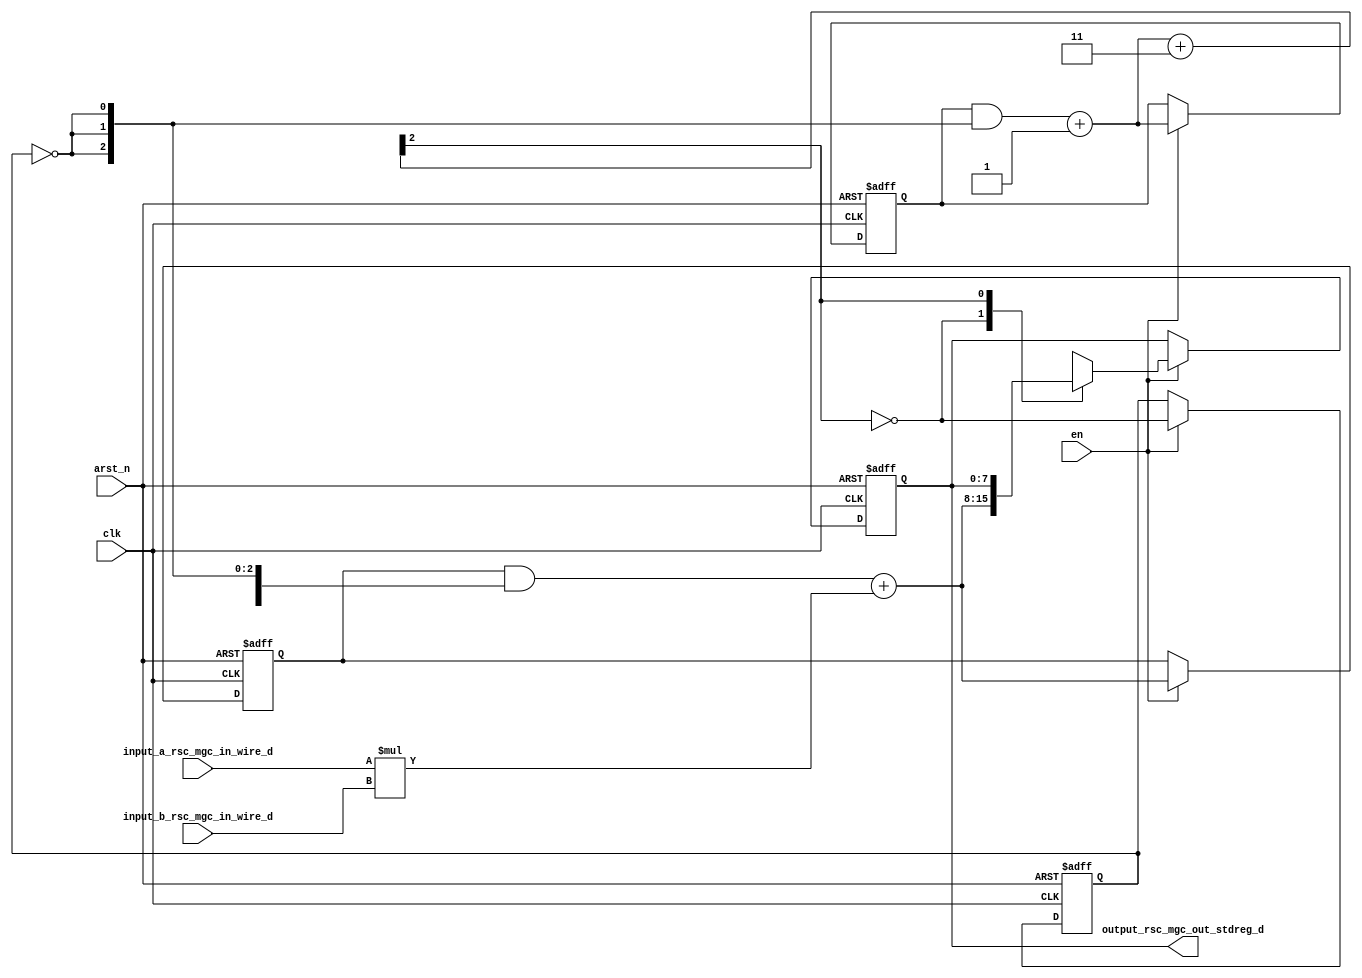
module dot_product_core (
  clk, en, arst_n, input_a_rsc_mgc_in_wire_d, input_b_rsc_mgc_in_wire_d, output_rsc_mgc_out_stdreg_d
);
  input clk;
  input en;
  input arst_n;
  input [7:0] input_a_rsc_mgc_in_wire_d;
  input [7:0] input_b_rsc_mgc_in_wire_d;
  output [7:0] output_rsc_mgc_out_stdreg_d;
  reg [7:0] output_rsc_mgc_out_stdreg_d;


  // Interconnect Declarations
  reg exit_MAC_lpi;
  reg [7:0] acc_sva_1;
  reg [2:0] i_1_sva_1;
  wire [2:0] MAC_acc_itm;
  wire [3:0] nl_MAC_acc_itm;
  wire [7:0] acc_sva_2;
  wire [8:0] nl_acc_sva_2;
  wire [2:0] i_1_sva_2;
  wire [3:0] nl_i_1_sva_2;


  // Interconnect Declarations for Component Instantiations 
  assign nl_acc_sva_2 = (acc_sva_1 & (signext_8_1(~ exit_MAC_lpi))) + conv_s2s_16_8(input_a_rsc_mgc_in_wire_d
      * input_b_rsc_mgc_in_wire_d);
  assign acc_sva_2 = nl_acc_sva_2[7:0];
  assign nl_i_1_sva_2 = (i_1_sva_1 & (signext_3_1(~ exit_MAC_lpi))) + 3'b1;
  assign i_1_sva_2 = nl_i_1_sva_2[2:0];
  assign nl_MAC_acc_itm = i_1_sva_2 + 3'b11;
  assign MAC_acc_itm = nl_MAC_acc_itm[2:0];
  always @(posedge clk or negedge arst_n) begin
    if ( ~ arst_n ) begin
      output_rsc_mgc_out_stdreg_d <= 8'b0;
      acc_sva_1 <= 8'b0;
      i_1_sva_1 <= 3'b0;
      exit_MAC_lpi <= 1'b1;
    end
    else begin
      if ( en ) begin
        output_rsc_mgc_out_stdreg_d <= MUX_v_8_2_2({acc_sva_2 , output_rsc_mgc_out_stdreg_d},
            MAC_acc_itm[2]);
        acc_sva_1 <= acc_sva_2;
        i_1_sva_1 <= i_1_sva_2;
        exit_MAC_lpi <= ~ (MAC_acc_itm[2]);
      end
    end
  end

  function [7:0] signext_8_1;
    input [0:0] vector;
  begin
    signext_8_1= {{7{vector[0]}}, vector};
  end
  endfunction


  function [2:0] signext_3_1;
    input [0:0] vector;
  begin
    signext_3_1= {{2{vector[0]}}, vector};
  end
  endfunction


  function [7:0] MUX_v_8_2_2;
    input [15:0] inputs;
    input [0:0] sel;
    reg [7:0] result;
  begin
    case (sel)
      1'b0 : begin
        result = inputs[15:8];
      end
      1'b1 : begin
        result = inputs[7:0];
      end
      default : begin
        result = inputs[15:8];
      end
    endcase
    MUX_v_8_2_2 = result;
  end
  endfunction


  function signed [7:0] conv_s2s_16_8 ;
    input signed [15:0]  vector ;
  begin
    conv_s2s_16_8 = vector[7:0];
  end
  endfunction

endmodule
module dot_product (
  input_a_rsc_z, input_b_rsc_z, output_rsc_z, clk, en, arst_n
);
  input [7:0] input_a_rsc_z;
  input [7:0] input_b_rsc_z;
  output [7:0] output_rsc_z;
  input clk;
  input en;
  input arst_n;


  // Interconnect Declarations
  wire [7:0] input_a_rsc_mgc_in_wire_d;
  wire [7:0] input_b_rsc_mgc_in_wire_d;
  wire [7:0] output_rsc_mgc_out_stdreg_d;


  // Interconnect Declarations for Component Instantiations 
  mgc_in_wire #(.rscid(1),
  .width(8)) input_a_rsc_mgc_in_wire (
      .d(input_a_rsc_mgc_in_wire_d),
      .z(input_a_rsc_z)
    );
  mgc_in_wire #(.rscid(2),
  .width(8)) input_b_rsc_mgc_in_wire (
      .d(input_b_rsc_mgc_in_wire_d),
      .z(input_b_rsc_z)
    );
  mgc_out_stdreg #(.rscid(3),
  .width(8)) output_rsc_mgc_out_stdreg (
      .d(output_rsc_mgc_out_stdreg_d),
      .z(output_rsc_z)
    );
  dot_product_core dot_product_core_inst (
      .clk(clk),
      .en(en),
      .arst_n(arst_n),
      .input_a_rsc_mgc_in_wire_d(input_a_rsc_mgc_in_wire_d),
      .input_b_rsc_mgc_in_wire_d(input_b_rsc_mgc_in_wire_d),
      .output_rsc_mgc_out_stdreg_d(output_rsc_mgc_out_stdreg_d)
    );
endmodule